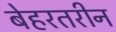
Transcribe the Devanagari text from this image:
बेहरतरीन